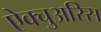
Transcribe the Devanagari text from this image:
ऐक्चुअरिस